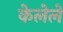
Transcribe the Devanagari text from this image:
केेलेले